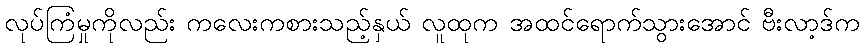
လုပ်ကြံမှုကိုလည်း ကလေးကစားသည့်နှယ် လူထုက အထင်ရောက်သွားအောင် ဗီးလာ့ဒ်က